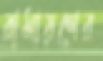
রামায়ণের